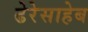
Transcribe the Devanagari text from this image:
ढेरेसाहेब